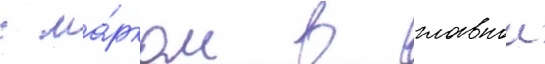
с ма́рком в главнои